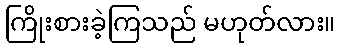
ကြိုးစားခဲ့ကြသည် မဟုတ်လား။